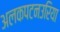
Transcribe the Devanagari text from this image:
अलकपटनउरिया